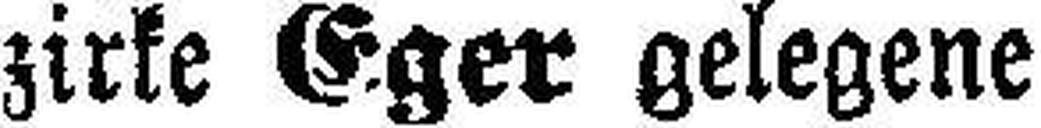
zirke Eger gelegene